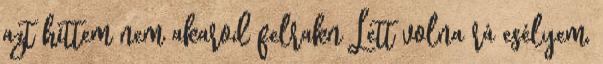
azt hittem nem akarod felrakn Lett volna rá esélyem,